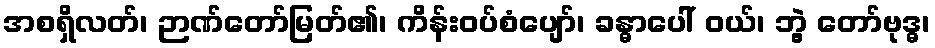
အစရှိလတ်၊ ဉာဏ်တော်မြတ်၏၊ ကိန်းဝပ်စံပျော်၊ ခန္ဓာပေါ် ဝယ်၊ ဘွဲ့ တော်ဗုဒ္ဓ၊